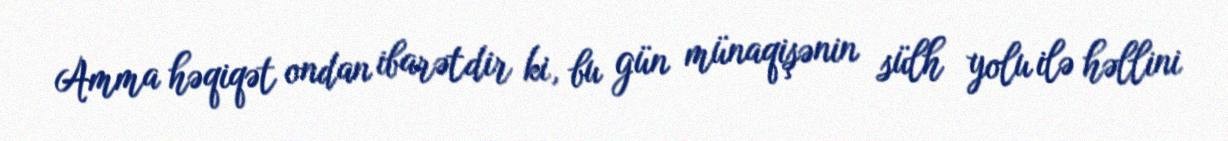
Amma həqiqət ondan ibarətdir ki, bu gün münaqişənin sülh yolu ilə həllini